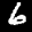
Label: 6